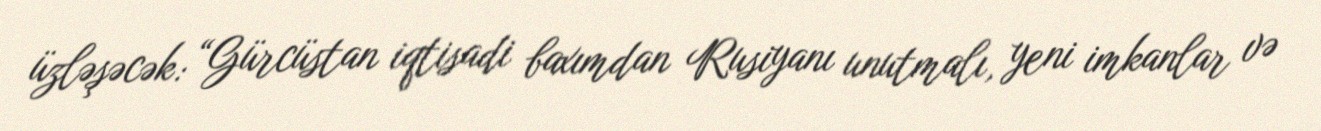
üzləşəcək: “Gürcüstan iqtisadi baxımdan Rusiyanı unutmalı, yeni imkanlar və